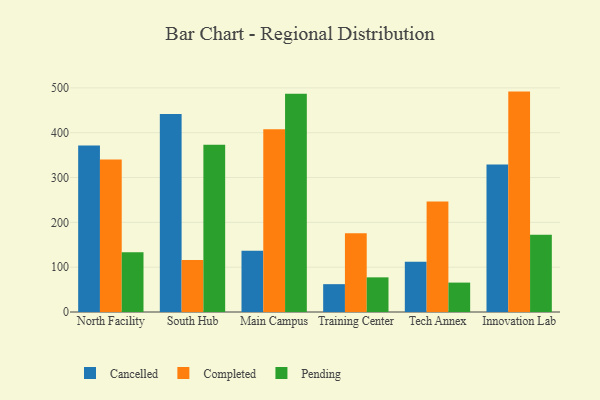
{"axis": {"x": "Campus", "y": "Population (Million)"}, "legend": ["Cancelled", "Completed", "Pending"], "data": [{"x": "North Facility", "y": 371.5, "type": "Cancelled"}, {"x": "North Facility", "y": 340.3, "type": "Completed"}, {"x": "North Facility", "y": 133.1, "type": "Pending"}, {"x": "South Hub", "y": 441.7, "type": "Cancelled"}, {"x": "South Hub", "y": 116.2, "type": "Completed"}, {"x": "South Hub", "y": 373.4, "type": "Pending"}, {"x": "Main Campus", "y": 136.6, "type": "Cancelled"}, {"x": "Main Campus", "y": 407.8, "type": "Completed"}, {"x": "Main Campus", "y": 487.1, "type": "Pending"}, {"x": "Training Center", "y": 62.1, "type": "Cancelled"}, {"x": "Training Center", "y": 175.5, "type": "Completed"}, {"x": "Training Center", "y": 77.3, "type": "Pending"}, {"x": "Tech Annex", "y": 112.1, "type": "Cancelled"}, {"x": "Tech Annex", "y": 246.4, "type": "Completed"}, {"x": "Tech Annex", "y": 65.6, "type": "Pending"}, {"x": "Innovation Lab", "y": 329.2, "type": "Cancelled"}, {"x": "Innovation Lab", "y": 491.7, "type": "Completed"}, {"x": "Innovation Lab", "y": 172.6, "type": "Pending"}]}